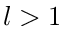
l > 1